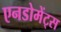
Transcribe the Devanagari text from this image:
एनडोमेंट्स